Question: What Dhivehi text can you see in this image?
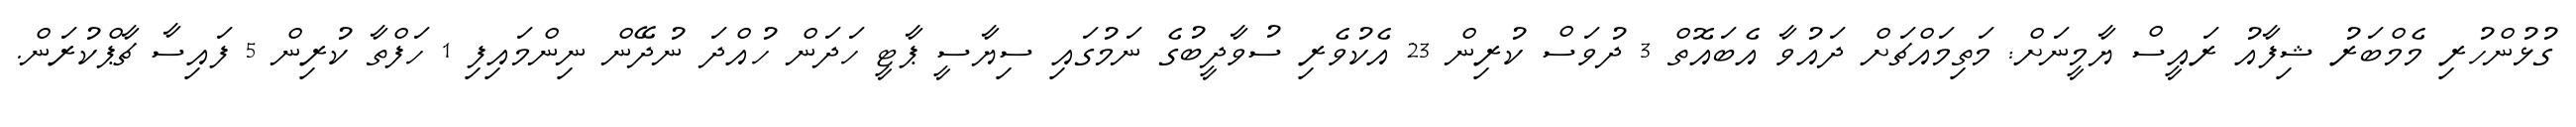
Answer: ގުޅުންހުރި މެމްބަރު ޝިފާއު ރައީސް ޔާމީނަށް: މަތިމައްޗަށް ދައުވާ އެބައޮތް 3 ދުވަސް ކުރިން 23 އެކުވެރި ސުވާދީބުގެ ނަމުގައި ސިޔާސީ ޕާޓީ ހަދަން ހުއްދަ ނުދޭން ނިންމައިފި 1 ހަފްތާ ކުރިން 5 ފައިސާ ޗާޕްކުރަން.